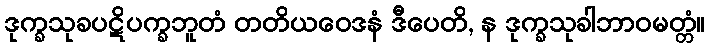
ဒုက္ခသုခပဋိပက္ခဘူတံ တတိယဝေဒနံ ဒီပေတိ, န ဒုက္ခသုခါဘာဝမတ္တံ။